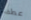
عطف